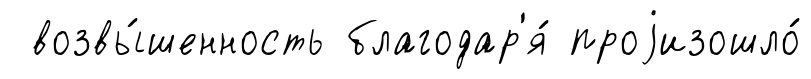
возвы́шенность благодар'я́ проjизошло́